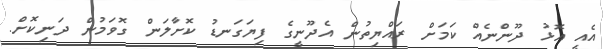
އެއީ އޮޅު ދޫންނެއް ކަމަށް ރައްޔިތުން އެދޫނީގެ ފިޔަގަނޑު ކޮށާލަން ގޮވަމުން ދަނިކޮށް.